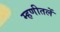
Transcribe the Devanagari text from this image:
म्हणीतलें